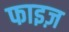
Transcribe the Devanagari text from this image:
फाइज़